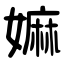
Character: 嫲